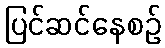
ပြင်ဆင်နေစဉ်